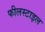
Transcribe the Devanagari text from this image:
फीलस्टाइल